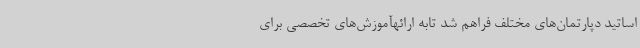
اساتید دپارتمان‌های مختلف فراهم شد تابه ارائهآموزش‌های تخصصی برای